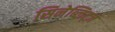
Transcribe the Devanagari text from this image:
सिनेब्लिट्ज़